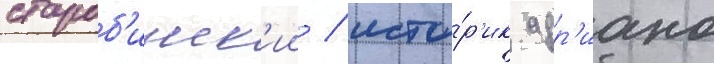
староб'инск'ии / исто́р'ик адр'иано